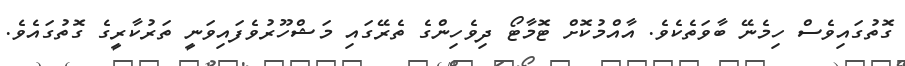
ގޮތުގައިވެސް ހިމެނޭ ބާވަތެކެވެ. އާއްމުކޮށް ޓޮމާޓޯ ދިވެހިންގެ ތެރޭގައި މަޝްހޫރުވެފައިވަނީ ތަރުކާރީގެ ގޮތުގައެވެ.